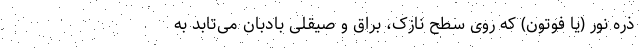
ذره نور (یا فوتون) که روی سطح نازک، براق و صیقلی بادبان می‌تابد به